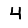
Digit: 4